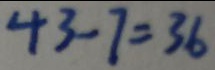
4 3 - 7 = 3 6